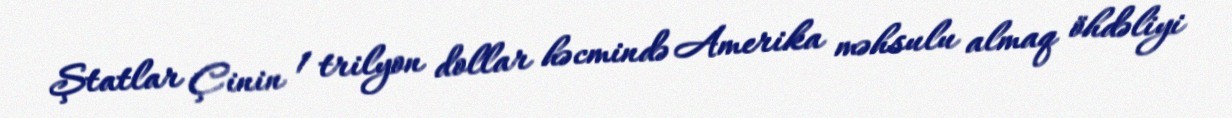
Ştatlar Çinin 1 trilyon dollar həcmində Amerika məhsulu almaq öhdəliyi